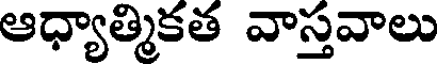
ఆధ్యాత్మికత వాస్తవాలు